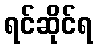
ရင်ဆိုင်ရ